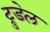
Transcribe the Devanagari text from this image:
ट्रुडेल